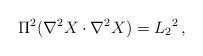
LaTeX: \begin{align*}\Pi^2 (\nabla^2 X \cdot \nabla^2 X ) = L_2{}^2\,,\end{align*}